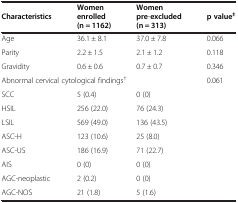
<table><thead><tr><td><b>Characteristics</b></td><td><b>Women enrolled (n = 1162)</b></td><td><b>Women pre-excluded (n = 313)</b></td><td><b>p value<sup>‡</sup></b></td></tr></thead><tbody><tr><td>Age</td><td>36.1 ± 8.1</td><td>37.0 ± 7.8</td><td>0.066</td></tr><tr><td>Parity</td><td>2.2 ± 1.5</td><td>2.1 ± 1.2</td><td>0.118</td></tr><tr><td>Gravidity</td><td>0.6 ± 0.6</td><td>0.7 ± 0.7</td><td>0.346</td></tr><tr><td colspan="3">Abnormal cervical cytological findings<sup>†</sup></td><td>0.061</td></tr><tr><td>SCC</td><td>5 (0.4)</td><td>0 (0)</td><td></td></tr><tr><td>HSIL</td><td>256 (22.0)</td><td>76 (24.3)</td><td></td></tr><tr><td>LSIL</td><td>569 (49.0)</td><td>136 (43.5)</td><td></td></tr><tr><td>ASC-H</td><td>123 (10.6)</td><td>25 (8.0)</td><td></td></tr><tr><td>ASC-US</td><td>186 (16.9)</td><td>71 (22.7)</td><td></td></tr><tr><td>AIS</td><td>0 (0)</td><td>0 (0)</td><td></td></tr><tr><td>AGC-neoplastic</td><td>2 (0.2)</td><td>0 (0)</td><td></td></tr><tr><td>AGC-NOS</td><td>21 (1.8)</td><td>5 (1.6)</td><td></td></tr></tbody></table>